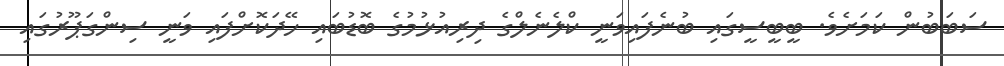
ސަބަބުން ކަމަށެވެ. ބީބީސީގައި ބުނެފައިވަނީ ކްލެނެލްގެ ދިރިއުޅުމުގެ ބޮޑުބައި ހޭދަކޮށްފައި ވަނީ ސިންގަޕޫރުގައި